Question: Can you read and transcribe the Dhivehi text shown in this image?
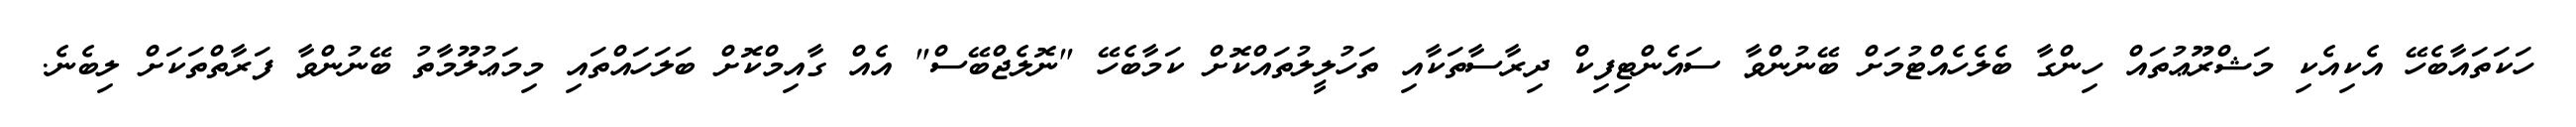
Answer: ހަކަތައާބެހޭ އެކިއެކި މަޝްރޫޢުތައް ހިންގާ ބެލެހެއްޓުމަށް ބޭނުންވާ ސައެންޓިފިކް ދިރާސާތަކާއި ތަހުލީލުތައްކޮށް ކަމާބެހޭ "ނޮލެޖްބޭސް" އެއް ގާއިމްކޮށް ބަލަހައްތައި މިމަޢުލޫމާތު ބޭނުންވާ ފަރާތްތަކަށް ލިބެނެ.